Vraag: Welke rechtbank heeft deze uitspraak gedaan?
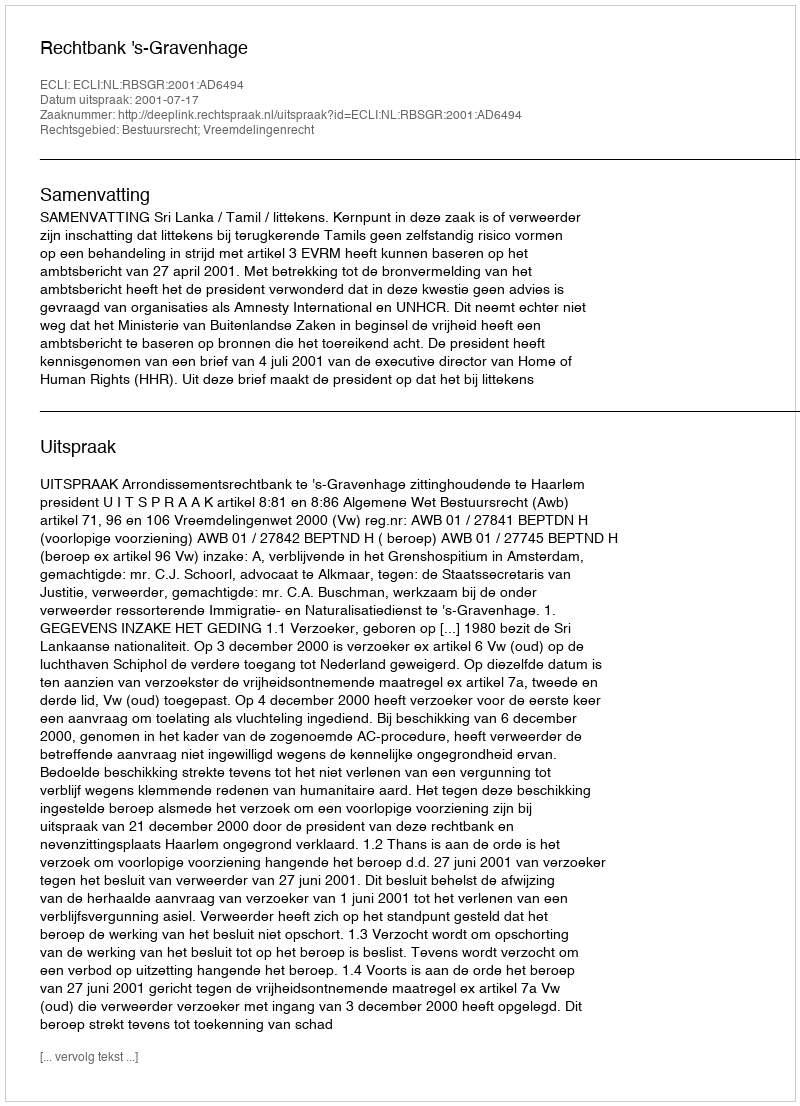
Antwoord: Rechtbank 's-Gravenhage